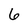
Character: 6